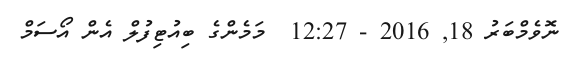
ނޮވެމްބަރު 18